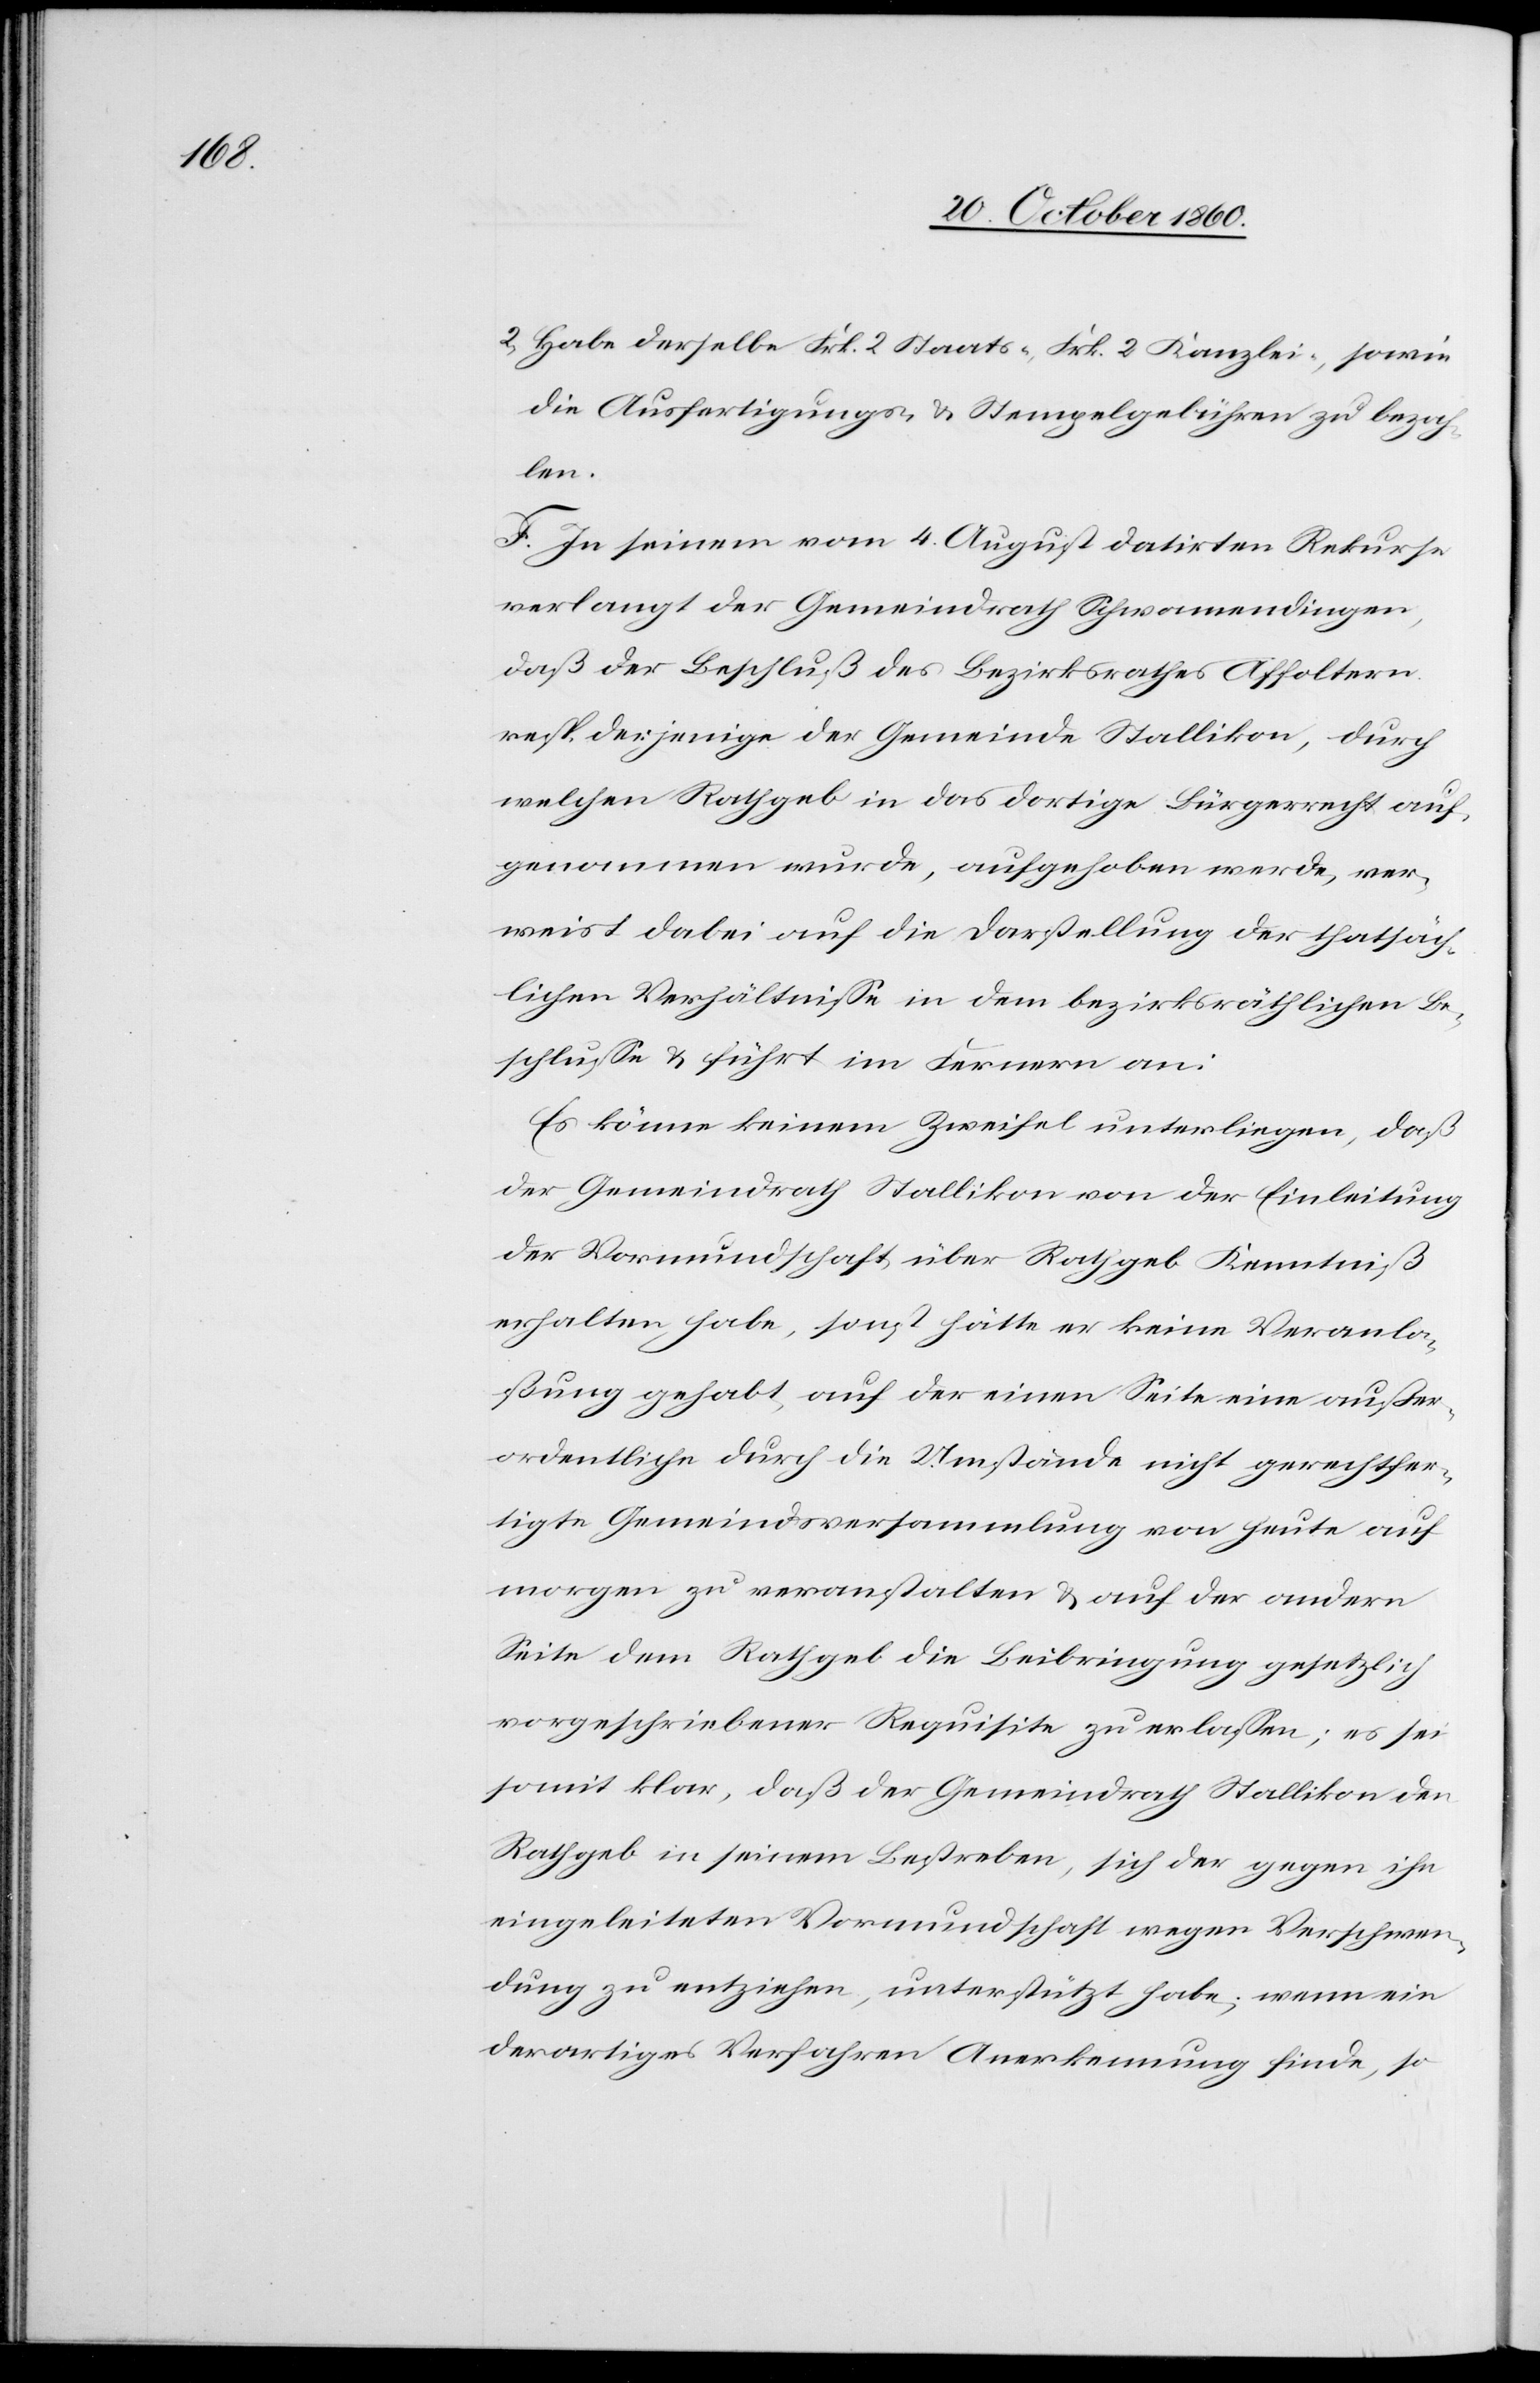
2. Habe derselbe Frk. 2 Staats-[,] Frk. Kanzlei-, sowie
die Ausfertigungs- u. Stempelgebühren zu bezah¬
len.
F. In seinem vom 4. August datirten Rekurse
verlangt der Gemeindrath Schwamendingen,
daß der Beschluß des Bezirksrathes Affoltern
resp. derjenige der Gemeinde Stallikon, durch
welchen Rathgeb in das dortige Bürgerrecht auf¬
genommen wurde, aufgehoben werde, ver¬
weist dabei auf die Darstellung der thatsäch¬
lichen Verhältnisse in dem bezirksräthlichen Be¬
schlusse u. führt im Fernern an:
Es könne keinem Zweifel unterliegen, daß
der Gemeindrath Stallikon von der Einleitung
der Vormundschaft über Rathgeb Kenntniß
erhalten habe, sonst hätte er keine Veranla¬
ßung gehabt, auf der einen Seite eine außer¬
ordentliche durch die Umstände nicht gerechtfer¬
tigte Gemeindsversammlung von heute auf
morgen zu veranstalten u. auf der andern
Seite dem Rathgeb die Beibringung gesetzlich
vorgeschriebener Requisite zu erlassen; es sei
somit klar, daß der Gemeindrath Stallikon den
Rathgeb in seinem Bestreben, sich der gegen ihn
eingeleiteten Vormundschaft wegen Verschwen¬
dung zu entziehen, unterstützt habe, wenn ein
derartiges Verfahren Anerkennung finde, so